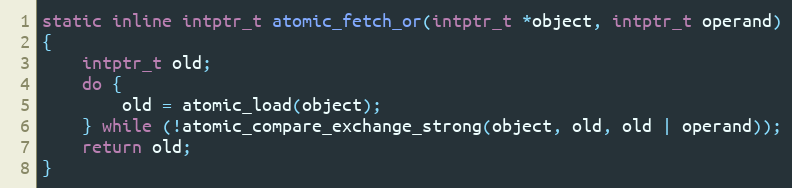
Language: C
static inline intptr_t atomic_fetch_or(intptr_t *object, intptr_t operand)
{
    intptr_t old;
    do {
        old = atomic_load(object);
    } while (!atomic_compare_exchange_strong(object, old, old | operand));
    return old;
}